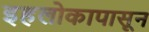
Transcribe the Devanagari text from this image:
इहलोकापासून